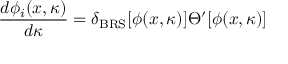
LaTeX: { \frac { d \phi _ { i } ( x , \kappa ) } { d \kappa } } = \delta _ { \mathrm { B R S } } [ \phi ( x , \kappa ) ] \Theta ^ { \prime } [ \phi ( x , \kappa ) ]